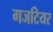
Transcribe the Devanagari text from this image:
गजटियर